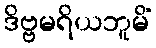
ဒိဗ္ဗမရိယဘူမိံ